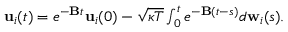
\begin{array} { r } { { \bf { u } } _ { i } ( t ) = e ^ { { - \bf B } t } { \bf { u } } _ { i } ( 0 ) - \sqrt { \kappa T } \int _ { 0 } ^ { t } e ^ { { - \bf B } ( t - s ) } d { \bf w } _ { i } ( s ) . } \end{array}